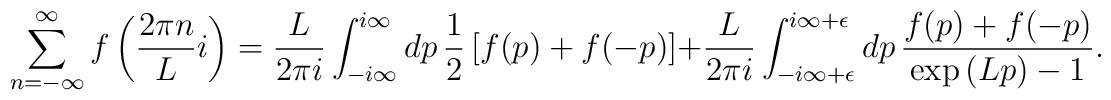
\displaystyle \sum_{n=-\infty }^{\infty} f \left( \frac{2 \pi n }{L} i \right)=\frac{L}{2 \pi i} \int_{-i \infty }^{i \infty } dp\, \frac{1}{2} \left[f(p)+f(-p) \right] + \frac{L}{2 \pi i}\int_{-i \infty + \epsilon }^{i \infty+ \epsilon } dp \, \frac{f(p)+f(-p)}{\exp{(Lp)} -1}.